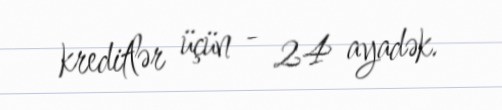
kreditlər üçün - 24 ayadək.